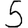
Digit: 5